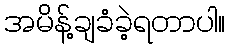
အမိန့်ချခံခဲ့ရတာပါ။